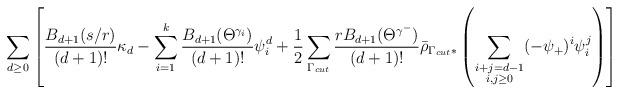
LaTeX: \begin{align*}\sum_{d \geq 0}\left[ \frac{B_{d+1}(s/r)}{(d+1)!} \kappa_d -\sum_{i=1}^k \frac{B_{d+1}(\Theta^{\gamma_i})}{(d+1)!}\psi_i^d +\frac{1}{2}\sum_{\Gamma_{cut}}\frac{rB_{d+1}(\Theta^{\gamma^-})}{(d+1)!}\bar{\rho}_{\Gamma_{cut}*}\left( \sum_{\substack{i+j=d-1\\i,j\geq0}}(-\psi_+)^i\psi_i^j\right)\right]\end{align*}